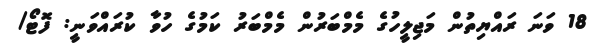
18 ވަނަ ރައްޔިތުން މަޖިލީހުގެ މެމްބަރުން މެމްބަރު ކަމުގެ ހުވާ ކުރައްވަނީ: ފޮޓޯ/